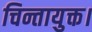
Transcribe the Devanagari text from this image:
चिन्तायुक्त।